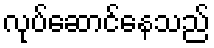
လုပ်ဆောင်နေသည်